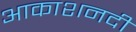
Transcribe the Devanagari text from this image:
आकाशनदी